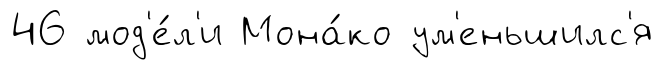
46 мод'е́л'и Мона́ко ум'еньшилс'я